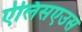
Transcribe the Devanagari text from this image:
ऐलिसएउस